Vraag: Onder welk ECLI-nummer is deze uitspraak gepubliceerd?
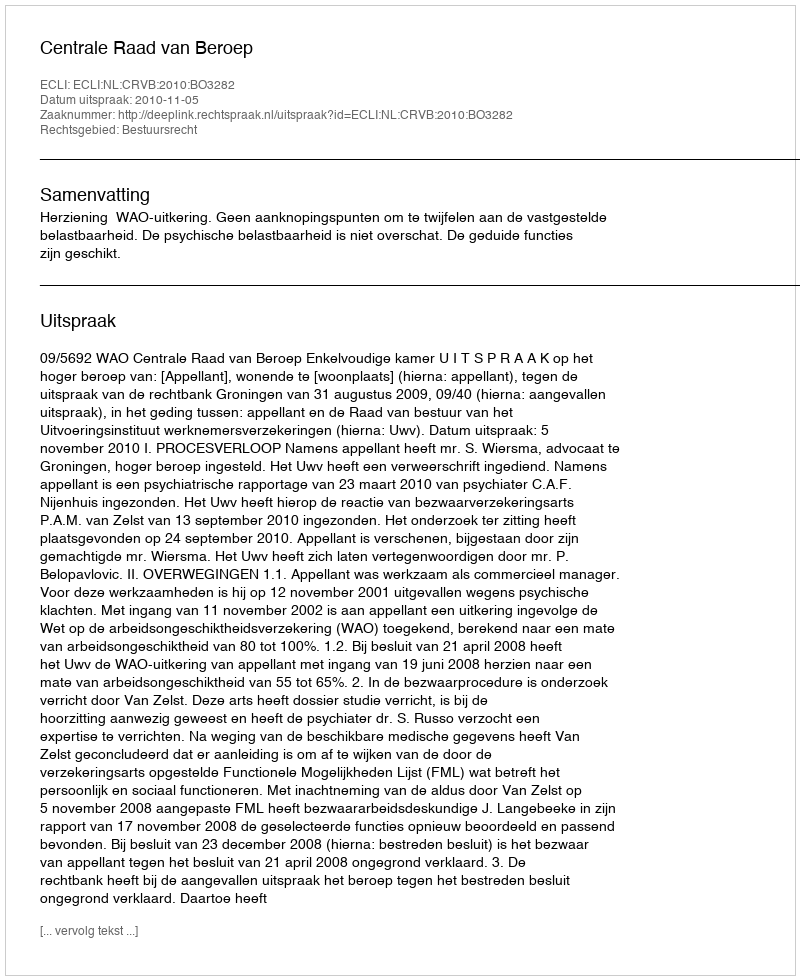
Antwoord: ECLI:NL:CRVB:2010:BO3282